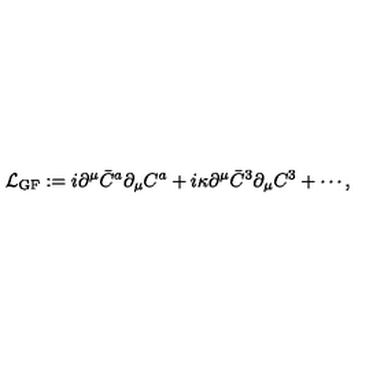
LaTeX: { \cal L } _ { \mathrm { G F } } : = i \partial ^ { \mu } \bar { C } ^ { a } \partial _ { \mu } C ^ { a } + i \kappa \partial ^ { \mu } \bar { C } ^ { 3 } \partial _ { \mu } C ^ { 3 } + \cdots ,